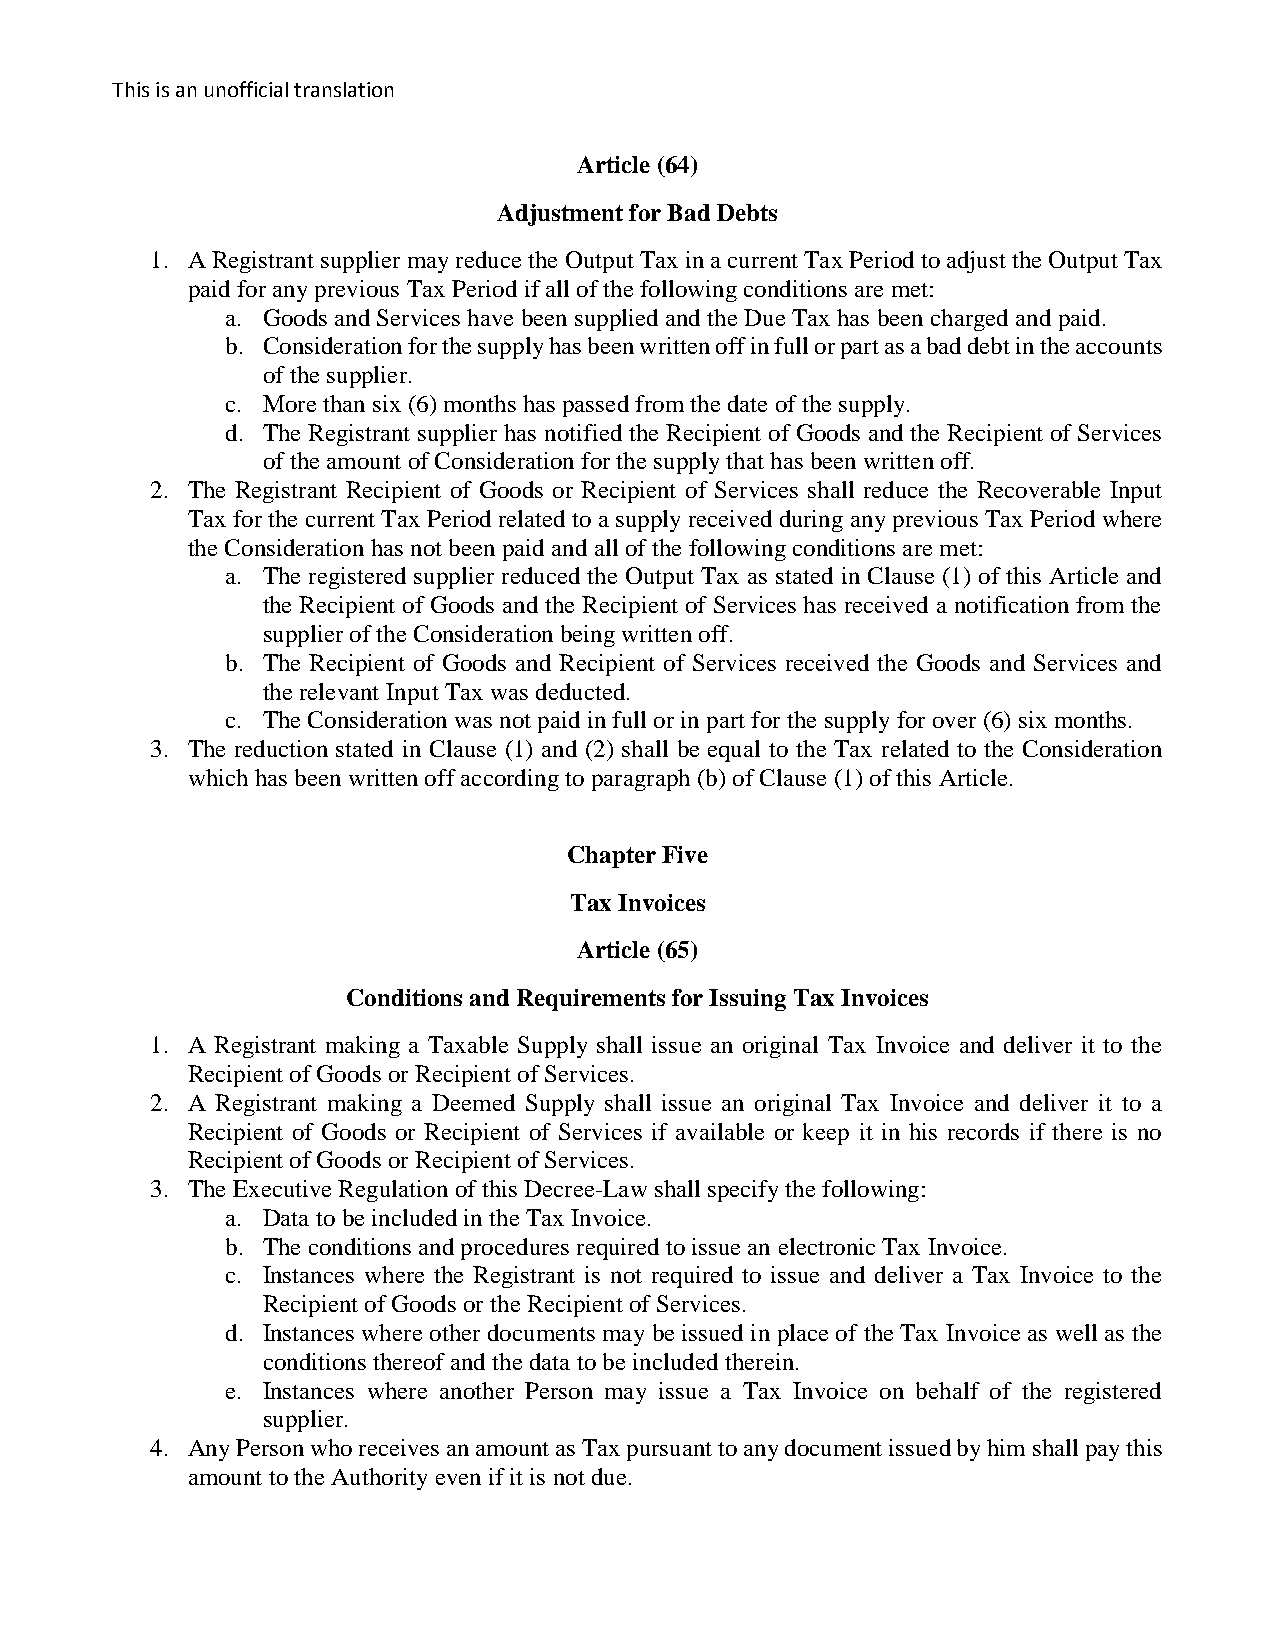
This is an unofficial translation
 Article (64)
 Adjustment for Bad Debts
 1. A Registrant supplier may reduce the Output Tax in a current Tax Period to adjust the Output Tax
 paid for any previous Tax Period if all of the following conditions are met:
 a. Goods and Services have been supplied and the Due Tax has been charged and paid.
 b. Consideration for the supply has been written off in full or part as a bad debt in the accounts
 of the supplier.
 c. More than six (6) months has passed from the date of the supply.
 d. The Registrant supplier has notified the Recipient of Goods and the Recipient of Services
 of the amount of Consideration for the supply that has been written off.
 2. The Registrant Recipient of Goods or Recipient of Services shall reduce the Recoverable Input
 Tax for the current Tax Period related to a supply received during any previous Tax Period where
 the Consideration has not been paid and all of the following conditions are met:
 a. The registered supplier reduced the Output Tax as stated in Clause (1) of this Article and
 the Recipient of Goods and the Recipient of Services has received a notification from the
 supplier of the Consideration being written off.
 b. The Recipient of Goods and Recipient of Services received the Goods and Services and
 the relevant Input Tax was deducted.
 c. The Consideration was not paid in full or in part for the supply for over (6) six months.
 3. The reduction stated in Clause (1) and (2) shall be equal to the Tax related to the Consideration
 which has been written off according to paragraph (b) of Clause (1) of this Article.
 Chapter Five
 Tax Invoices
 Article (65)
 Conditions and Requirements for Issuing Tax Invoices
 1. A Registrant making a Taxable Supply shall issue an original Tax Invoice and deliver it to the
 Recipient of Goods or Recipient of Services.
 2. A Registrant making a Deemed Supply shall issue an original Tax Invoice and deliver it to a
 Recipient of Goods or Recipient of Services if available or keep it in his records if there is no
 Recipient of Goods or Recipient of Services.
 3. The Executive Regulation of this Decree-Law shall specify the following:
 a. Data to be included in the Tax Invoice.
 b. The conditions and procedures required to issue an electronic Tax Invoice.
 c. Instances where the Registrant is not required to issue and deliver a Tax Invoice to the
 Recipient of Goods or the Recipient of Services.
 d. Instances where other documents may be issued in place of the Tax Invoice as well as the
 conditions thereof and the data to be included therein.
 e. Instances where another Person may issue a Tax Invoice on behalf of the registered
 supplier.
 4. Any Person who receives an amount as Tax pursuant to any document issued by him shall pay this
 amount to the Authority even if it is not due.